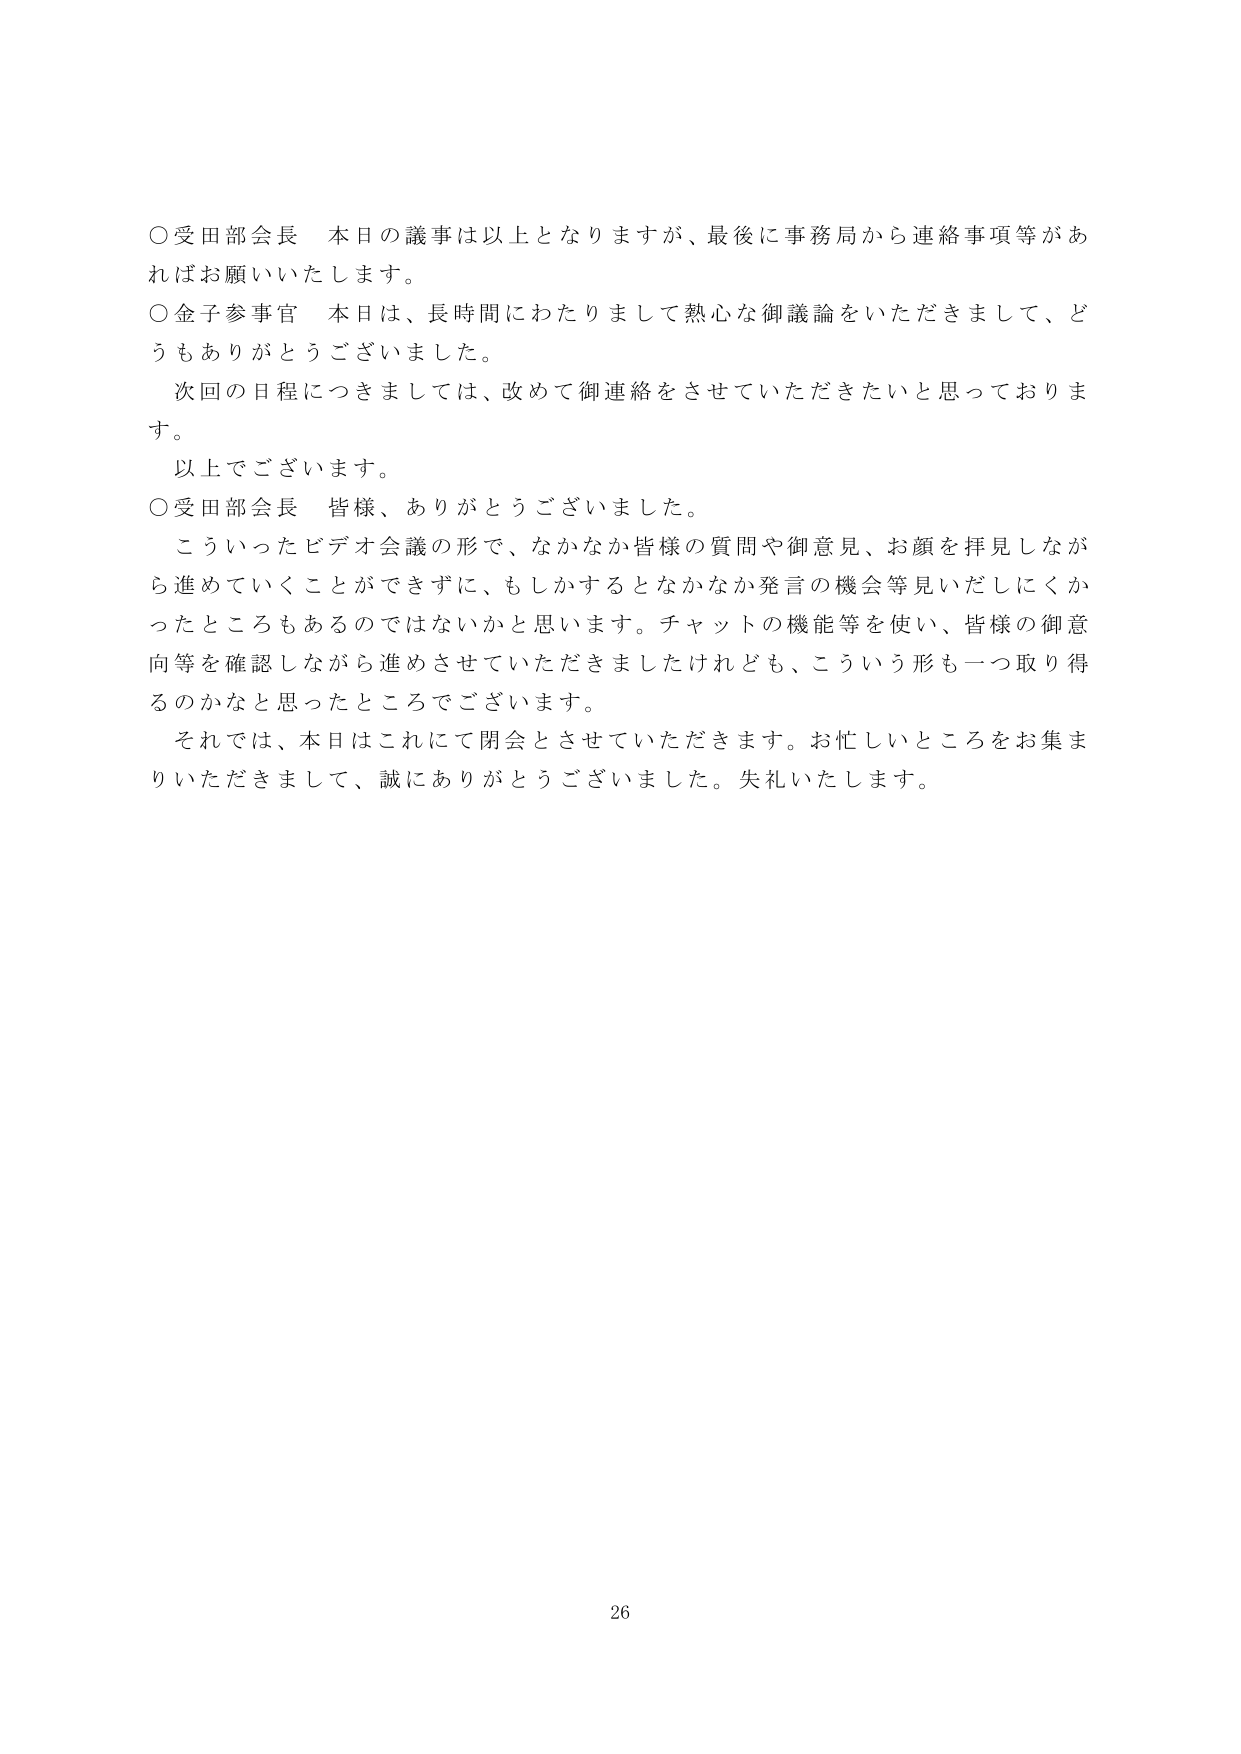
○受田部会長　本日の議事は以上となりますが、最後に事務局から連絡事項等があればお願いいたします。

○金子参事官　本日は、長時間にわたりまして熱心な御議論をいただきまして、どうもありがとうございました。

　次回の日程につきましては、改めて御連絡をさせていただきたいと思っております。

　以上でございます。

○受田部会長　皆様、ありがとうございました。

　こういったビデオ会議の形で、なかなか皆様の質問や御意見、お顔を拝見しながら進めていくことができずに、もしかするとなかなか発言の機会等見いだしにくかったところもあるのではないかと思います。チャットの機能等を使い、皆様の御意向等を確認しながら進めさせていただきましたけれども、こういう形も一つ取り得るのかなと思ったところでございます。

　それでは、本日はこれにて閉会とさせていただきます。お忙しいところをお集まりいただきまして、誠にありがとうございました。失礼いたします。

26